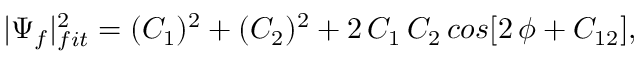
| \Psi _ { f } | _ { f i t } ^ { 2 } = ( C _ { 1 } ) ^ { 2 } + ( C _ { 2 } ) ^ { 2 } + 2 \, C _ { 1 } \, C _ { 2 } \, c o s [ 2 \, \phi + C _ { 1 2 } ] ,